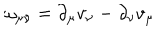
\omega _ { \mu \nu } = \partial _ { \mu } v _ { \nu } - \partial _ { \nu } v _ { \mu }